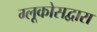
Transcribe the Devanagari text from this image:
ग्लूकोसद्वारा